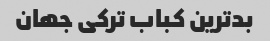
بدترین کباب ترکی جهان